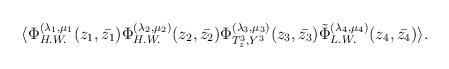
LaTeX: \begin{align*}\langle \Phi_{H.W.}^{(\lambda_{1} , \mu_{1}}(z_{1} , \bar{z_{1}})\Phi_{H.W.}^{(\lambda_{2} , \mu_{2})}(z_{2} , \bar{z_{2}}) \Phi_{T_{z}^{3} ,Y^{3}}^{(\lambda_{3} , \mu_{3})}(z_{3} , \bar{z_{3}})\tilde\Phi_{L.W.}^{(\lambda_{4} , \mu_{4})}(z_{4} ,\bar{z_{4}})\rangle .\end{align*}